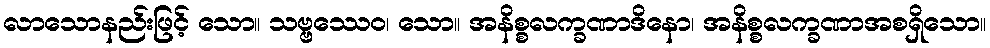
လာသောနည်းဖြင့် သော။ သဗ္ဗဿေဝ၊ သော။ အနိစ္စလက္ခဏာဒိနော၊ အနိစ္စလက္ခဏာအစရှိသော။